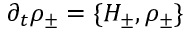
\partial _ { t } \rho _ { \pm } = \{ H _ { \pm } , \rho _ { \pm } \}